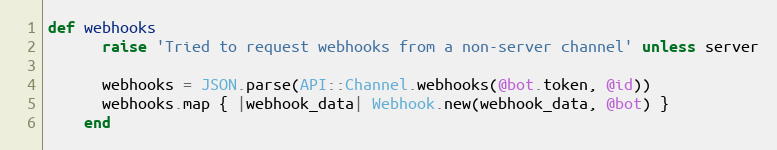
Language: Ruby
def webhooks
      raise 'Tried to request webhooks from a non-server channel' unless server

      webhooks = JSON.parse(API::Channel.webhooks(@bot.token, @id))
      webhooks.map { |webhook_data| Webhook.new(webhook_data, @bot) }
    end